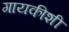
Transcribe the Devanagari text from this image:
गायकीशी